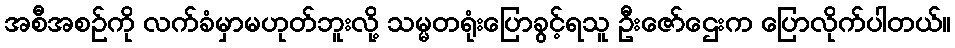
အစီအစဉ်ကို လက်ခံမှာမဟုတ်ဘူးလို့ သမ္မတရုံးပြောခွင့်ရသူ ဦးဇော်ဌေးက ပြောလိုက်ပါတယ်။